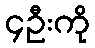
၄ဦးကို